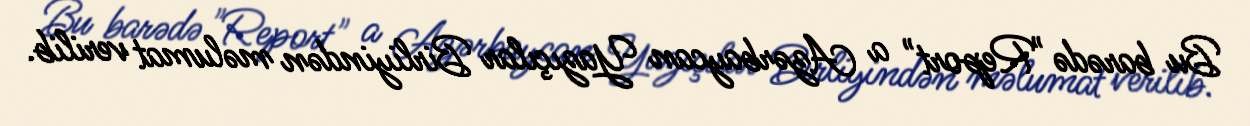
Bu barədə "Report" a Azərbaycan Yazıçılar Birliyindən məlumat verilib.